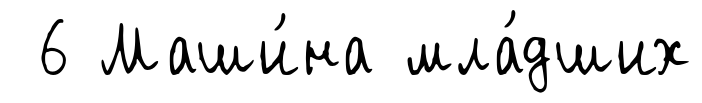
6 Маши́на мла́дших